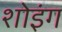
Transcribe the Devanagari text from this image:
शोइंग